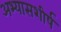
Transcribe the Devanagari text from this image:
अभ्यासशीर्ष